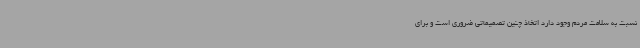
نسبت به سلامت مردم وجود دارد اتخاذ چنین تصمیماتی ضروری است و برای